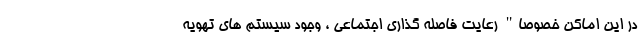
در این اماکن خصوصا" رعایت فاصله گذاری اجتماعی ، وجود سیستم های تهویه